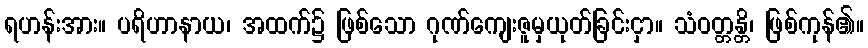
ရဟန်းအား။ ပရိဟာနာယ၊ အထက်၌ ဖြစ်သော ဂုဏ်ကျေးဇူမှယုတ်ခြင်းငှာ။ သံဝတ္တန္တိ၊ ဖြစ်ကုန်၏။